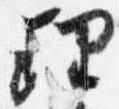
理